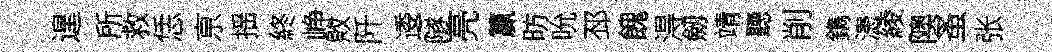
遑所救恁亰揺終峥敗阡逶隧亮籯昉吮邳餽淂劔靖聽削鐫漶綾隩蚤张